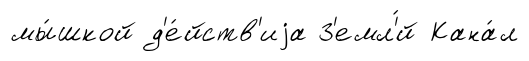
мы́шкой д'е́йств'иjа З'емл'́й Кана́л